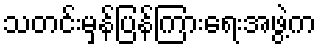
သတင်းမှန်ပြန်ကြားရေးအဖွဲ့က